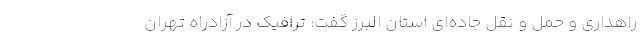
راهداری و حمل و نقل جاده‌ای استان البرز گفت: ترافیک در آزادراه تهران